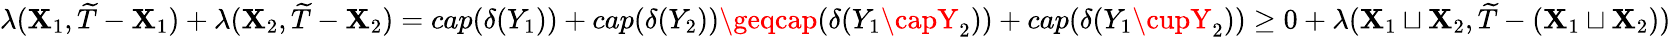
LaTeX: \lambda(\mathbf{X}_{1},\widetilde{{T}}-\mathbf{X}_{1})+\lambda(\mathbf{X}_{2},\widetilde{{T}}-\mathbf{X}_{2})=cap(\delta(Y_{1}))+cap(\delta(Y_{2}))\geqcap(\delta(Y_{1}\capY_{2}))+cap(\delta(Y_{1}\cupY_{2}))\geq0+\lambda(\mathbf{X}_{1}\sqcup\mathbf{X}_{2},\widetilde{{T}}-(\mathbf{X}_{1}\sqcup\mathbf{X}_{2}))